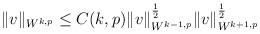
LaTeX: \begin{align*}\Vert v \Vert_{W^{k,p}}\leq C(k,p)\Vert v \Vert_{W^{k-1,p}}^{\frac{1}{2}}\Vert v \Vert_{W^{k+1,p}}^{\frac{1}{2}}\end{align*}